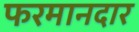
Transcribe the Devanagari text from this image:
फरमानदार